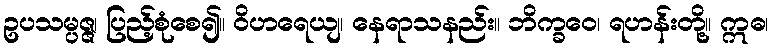
ဥပသမ္ပဇ္ဇ၊ ပြည့်စုံစေ၍။ ဝိဟရေယျ၊ နေရာသနည်း။ ဘိက္ခဝေ၊ ရဟန်းတို့။ ဣဓ၊